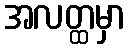
အလတ္ထမှာ